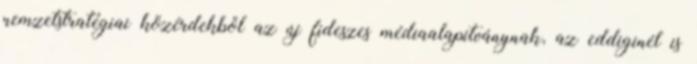
nemzetstratégiai közérdekből az új fideszes médiaalapítványnak, az eddiginél is